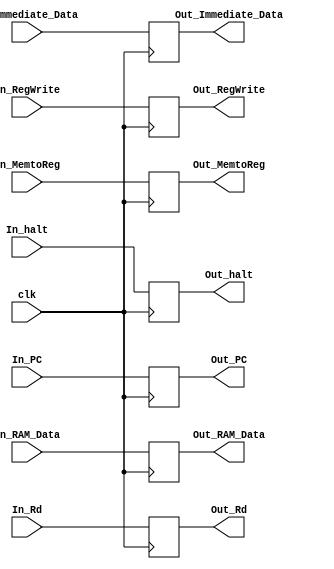
module MEM_WB_Register (
// input signals
	
	clk,In_RAM_Data,In_Immediate_Data, In_Rd,
	 
	// output signals
	Out_RAM_Data,Out_Immediate_Data, Out_Rd,
	// control unit input signals
	
	
	// WB signals
	In_RegWrite, In_MemtoReg,
	
	// control unit output signals
	
	// WB signals
	Out_RegWrite, Out_MemtoReg,
	In_PC,Out_PC,
	
	//halt signal
	In_halt,Out_halt
	
); 


input clk ;

input [31:0] In_RAM_Data,In_Immediate_Data,In_PC ; // this refer to RAM output data and Immediate data

input [4:0] In_Rd; // the values come from the instruction in ID stage

input In_RegWrite;

input [1:0] In_MemtoReg;

input In_halt;


output reg [31:0]  Out_RAM_Data,Out_Immediate_Data,Out_PC ;

output reg [4:0]   Out_Rd; 

output reg Out_RegWrite;
							 

output reg [1:0] Out_MemtoReg;

output reg Out_halt;
						 
						 
always @(posedge clk)
	begin
		
			
			Out_RAM_Data <= In_RAM_Data;
			Out_Immediate_Data <= In_Immediate_Data;
					
			Out_Rd <=In_Rd;
			
			Out_RegWrite <= In_RegWrite;
			Out_MemtoReg<=In_MemtoReg;
			
			Out_PC<=In_PC;
			
			Out_halt<=In_halt;
			
	
	end
	
endmodule